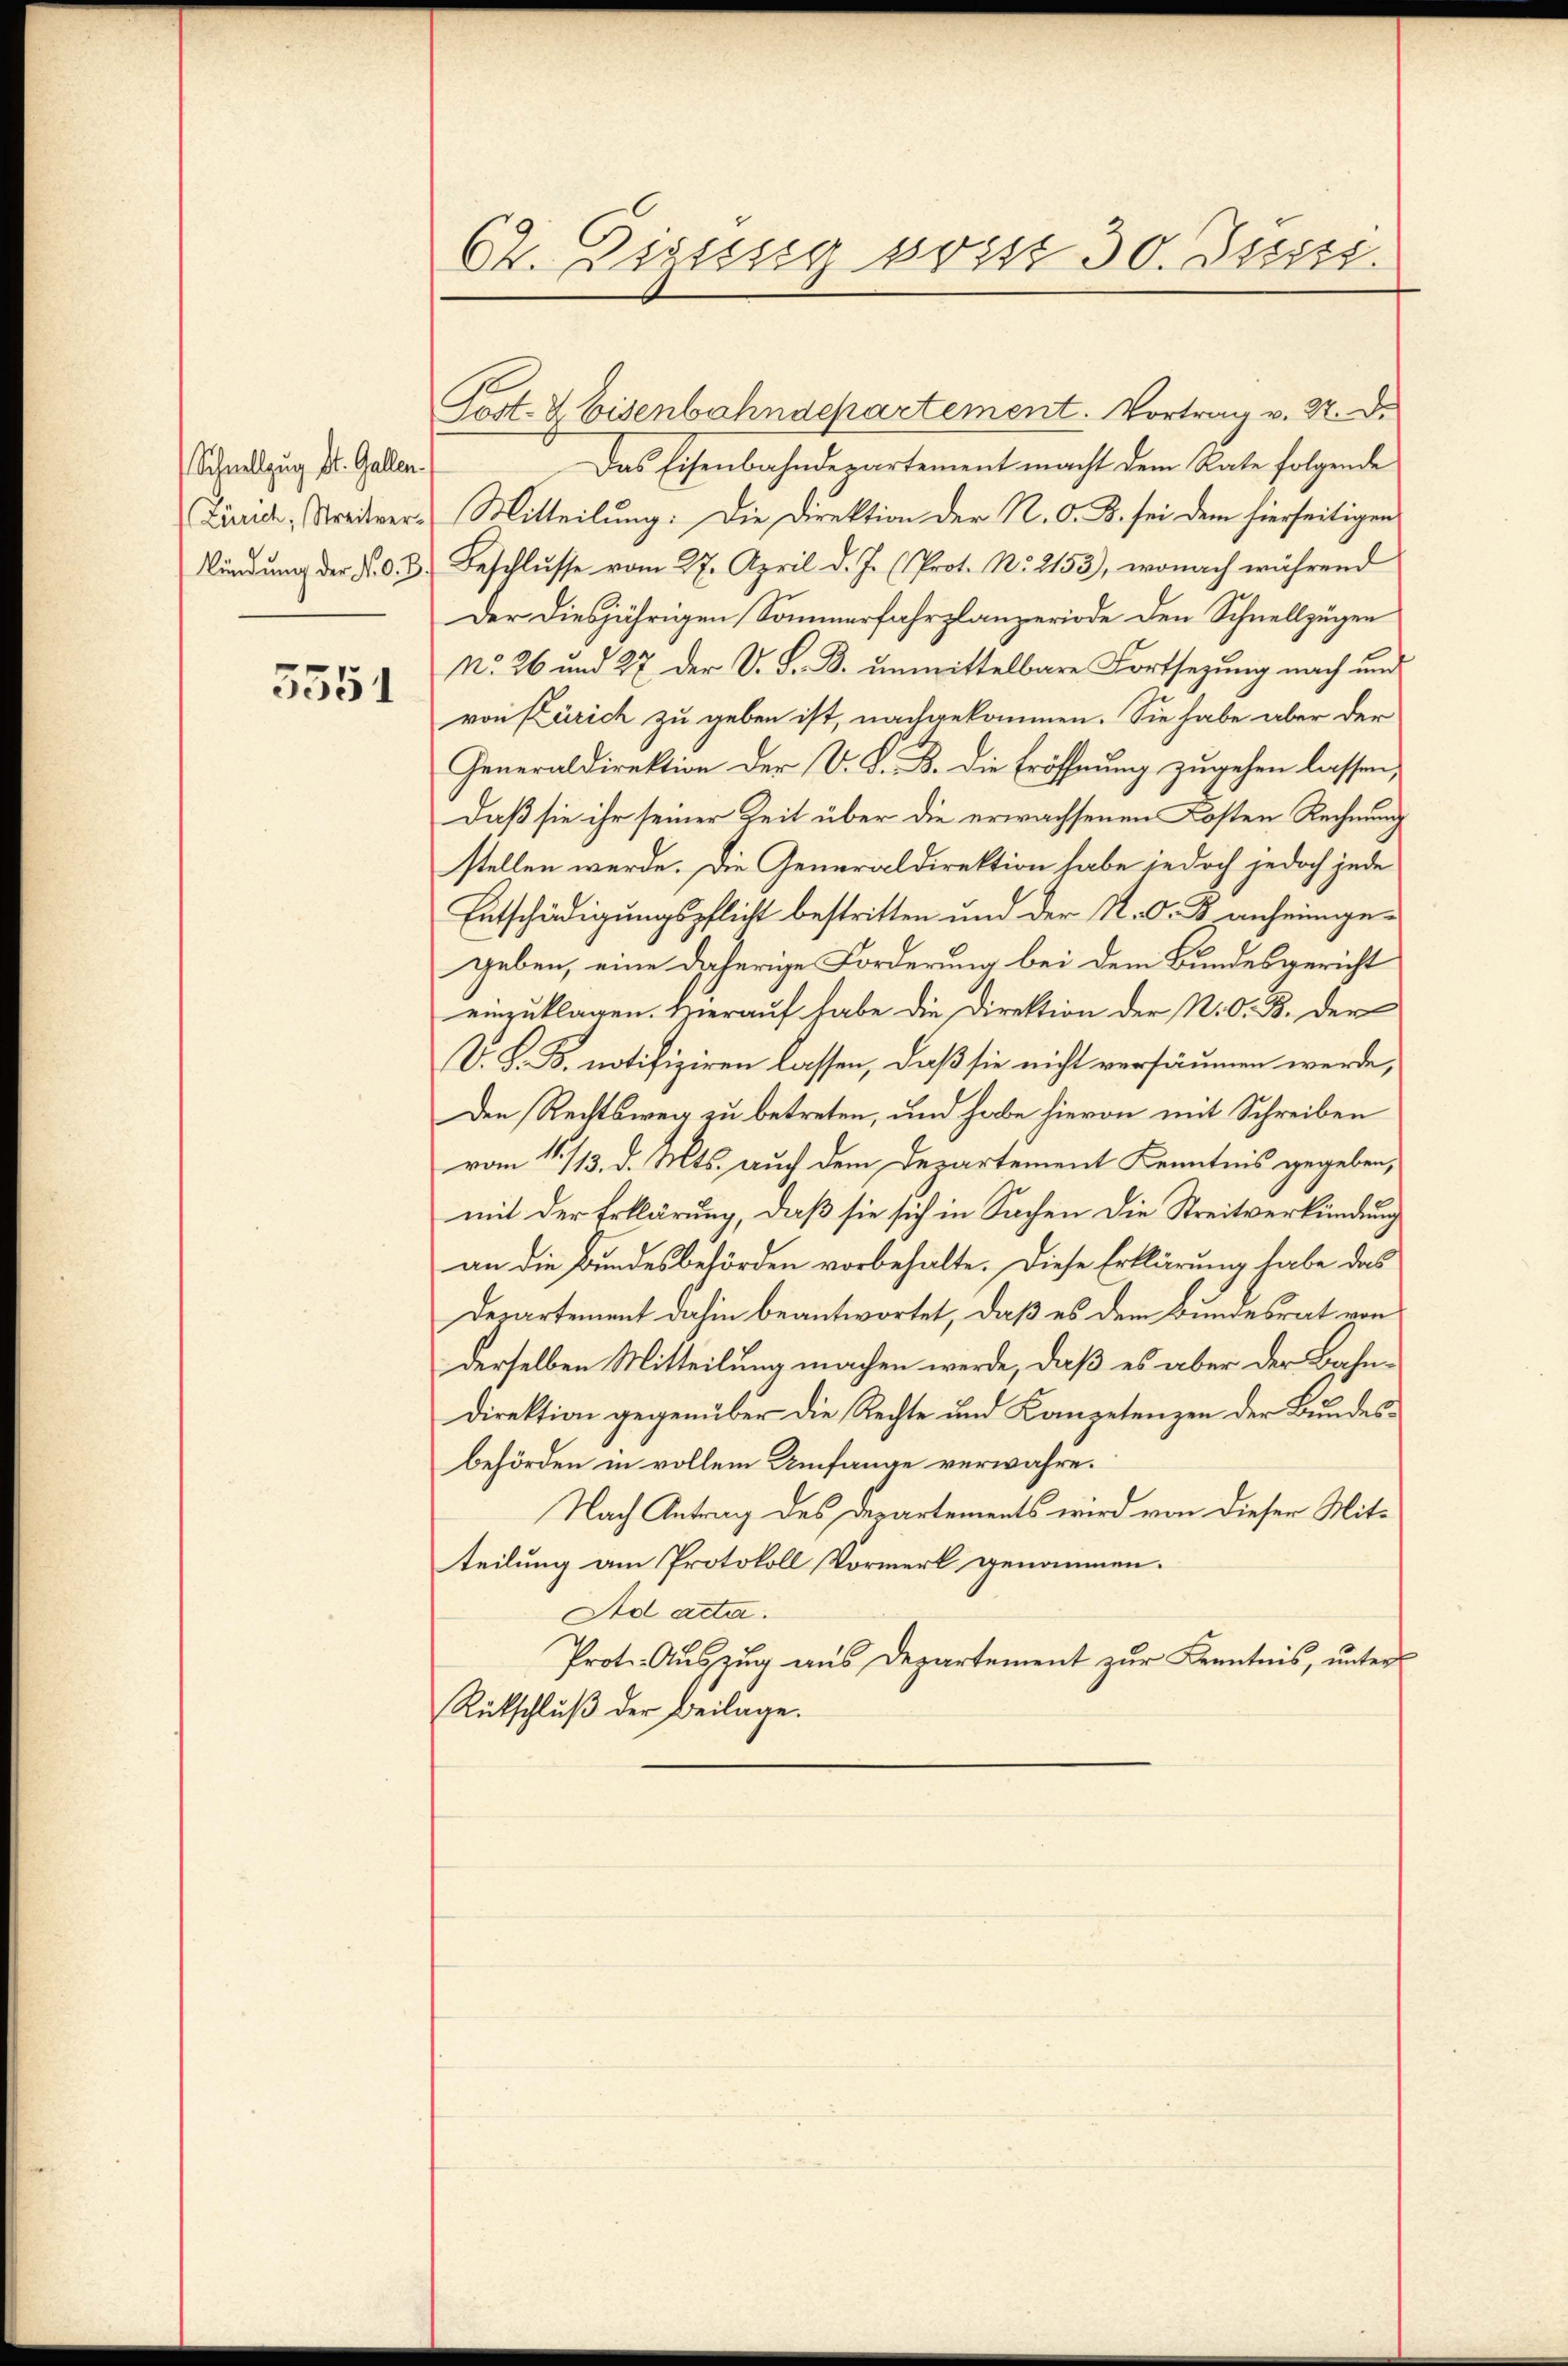
Schnellzug St. Gallen.
Zürich, Streitverkündung der N. O. B.

5551

C. Misssig post 30. Justs

Post- & Eisenbahndepartement. Vortrag v. M. D.
Das Eisenbahndepartement macht dem Rate folgende
Mitteilung: Die Direktion der N. O. B. sei dem hierseitigen
Beschlŭsse vom 27. April d. J. (Prot. N. 2153), wonach während
Der diesjährigen Sommerfahrplanperiode den Schnellzügen
No. 26 und 27 der V. S. B. unmittelbare Fortsezung nach und
von Zürich zu geben ist, nachgekommen. Sie habe aber der
Generaldirektion der V. K. B. die Eröffnung zugehen lassen,
Daß sie ihr seiner Zeit über die erwachsenen Kosten Rechnung
stellen werde. Die Generaldirektion habe jedoch jedoch jede
Entschädigungspflicht bestritten und der N. O. B. anheimgegeben, eine daherige Forderung bei dem Bundesgericht
einzuklagen. Hierauf habe die Direktion der N. O. B. der
V. S. B. notifiziren lassen, daß sie nicht versäumen werde,
Den Rechtsweg zu betreten, und habe hievon mit Schreiben
vom 11./13. d. Mts. auch dem Departement Kenntnis gegeben,
mit der Erklärung, daß sie sich in Sachen die Streitverkündung
an die Bundesbehörden vorbehalte. Diese Erklärung habe das
Derartement dahin beantwortet, daß es dem Bundesrat von
derselben Mitteilung machen werde, daß es aber der Bahn¬
Direktion gegenüber die Rechte und Konzetenzen der Bundesbehörden in vollem Umfange verwahre.
Nach Antrag des Departements wird von dieser Mitteilung am Protokoll Vormerk genommen.
Ad acta.
Prot. Aŭszŭg aŭs Departement zŭr Kenntnis, ŭnter
Rütschluß der Beilage.